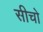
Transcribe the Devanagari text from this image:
सीचो